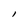
Character: l